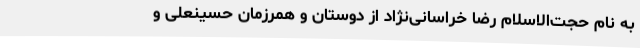
به نام حجت‌الاسلام رضا خراسانی‌نژاد از دوستان و همرزمان حسینعلی و